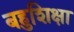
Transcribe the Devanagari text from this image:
बहुशिक्षा